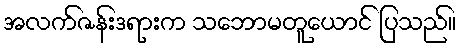
အလက်ဇန်းဒရားက သဘောမတူယောင် ပြသည်။